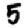
Digit: 5